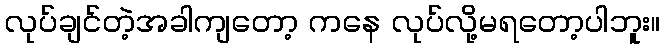
လုပ်ချင်တဲ့အခါကျတော့ ကနေ လုပ်လို့မရတော့ပါဘူး။